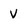
Character: V